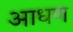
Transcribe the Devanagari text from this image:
आधण